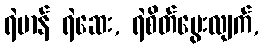
ရဲမာန် ရဲဆေး, ရဲစိတ်မွေးလျက်,